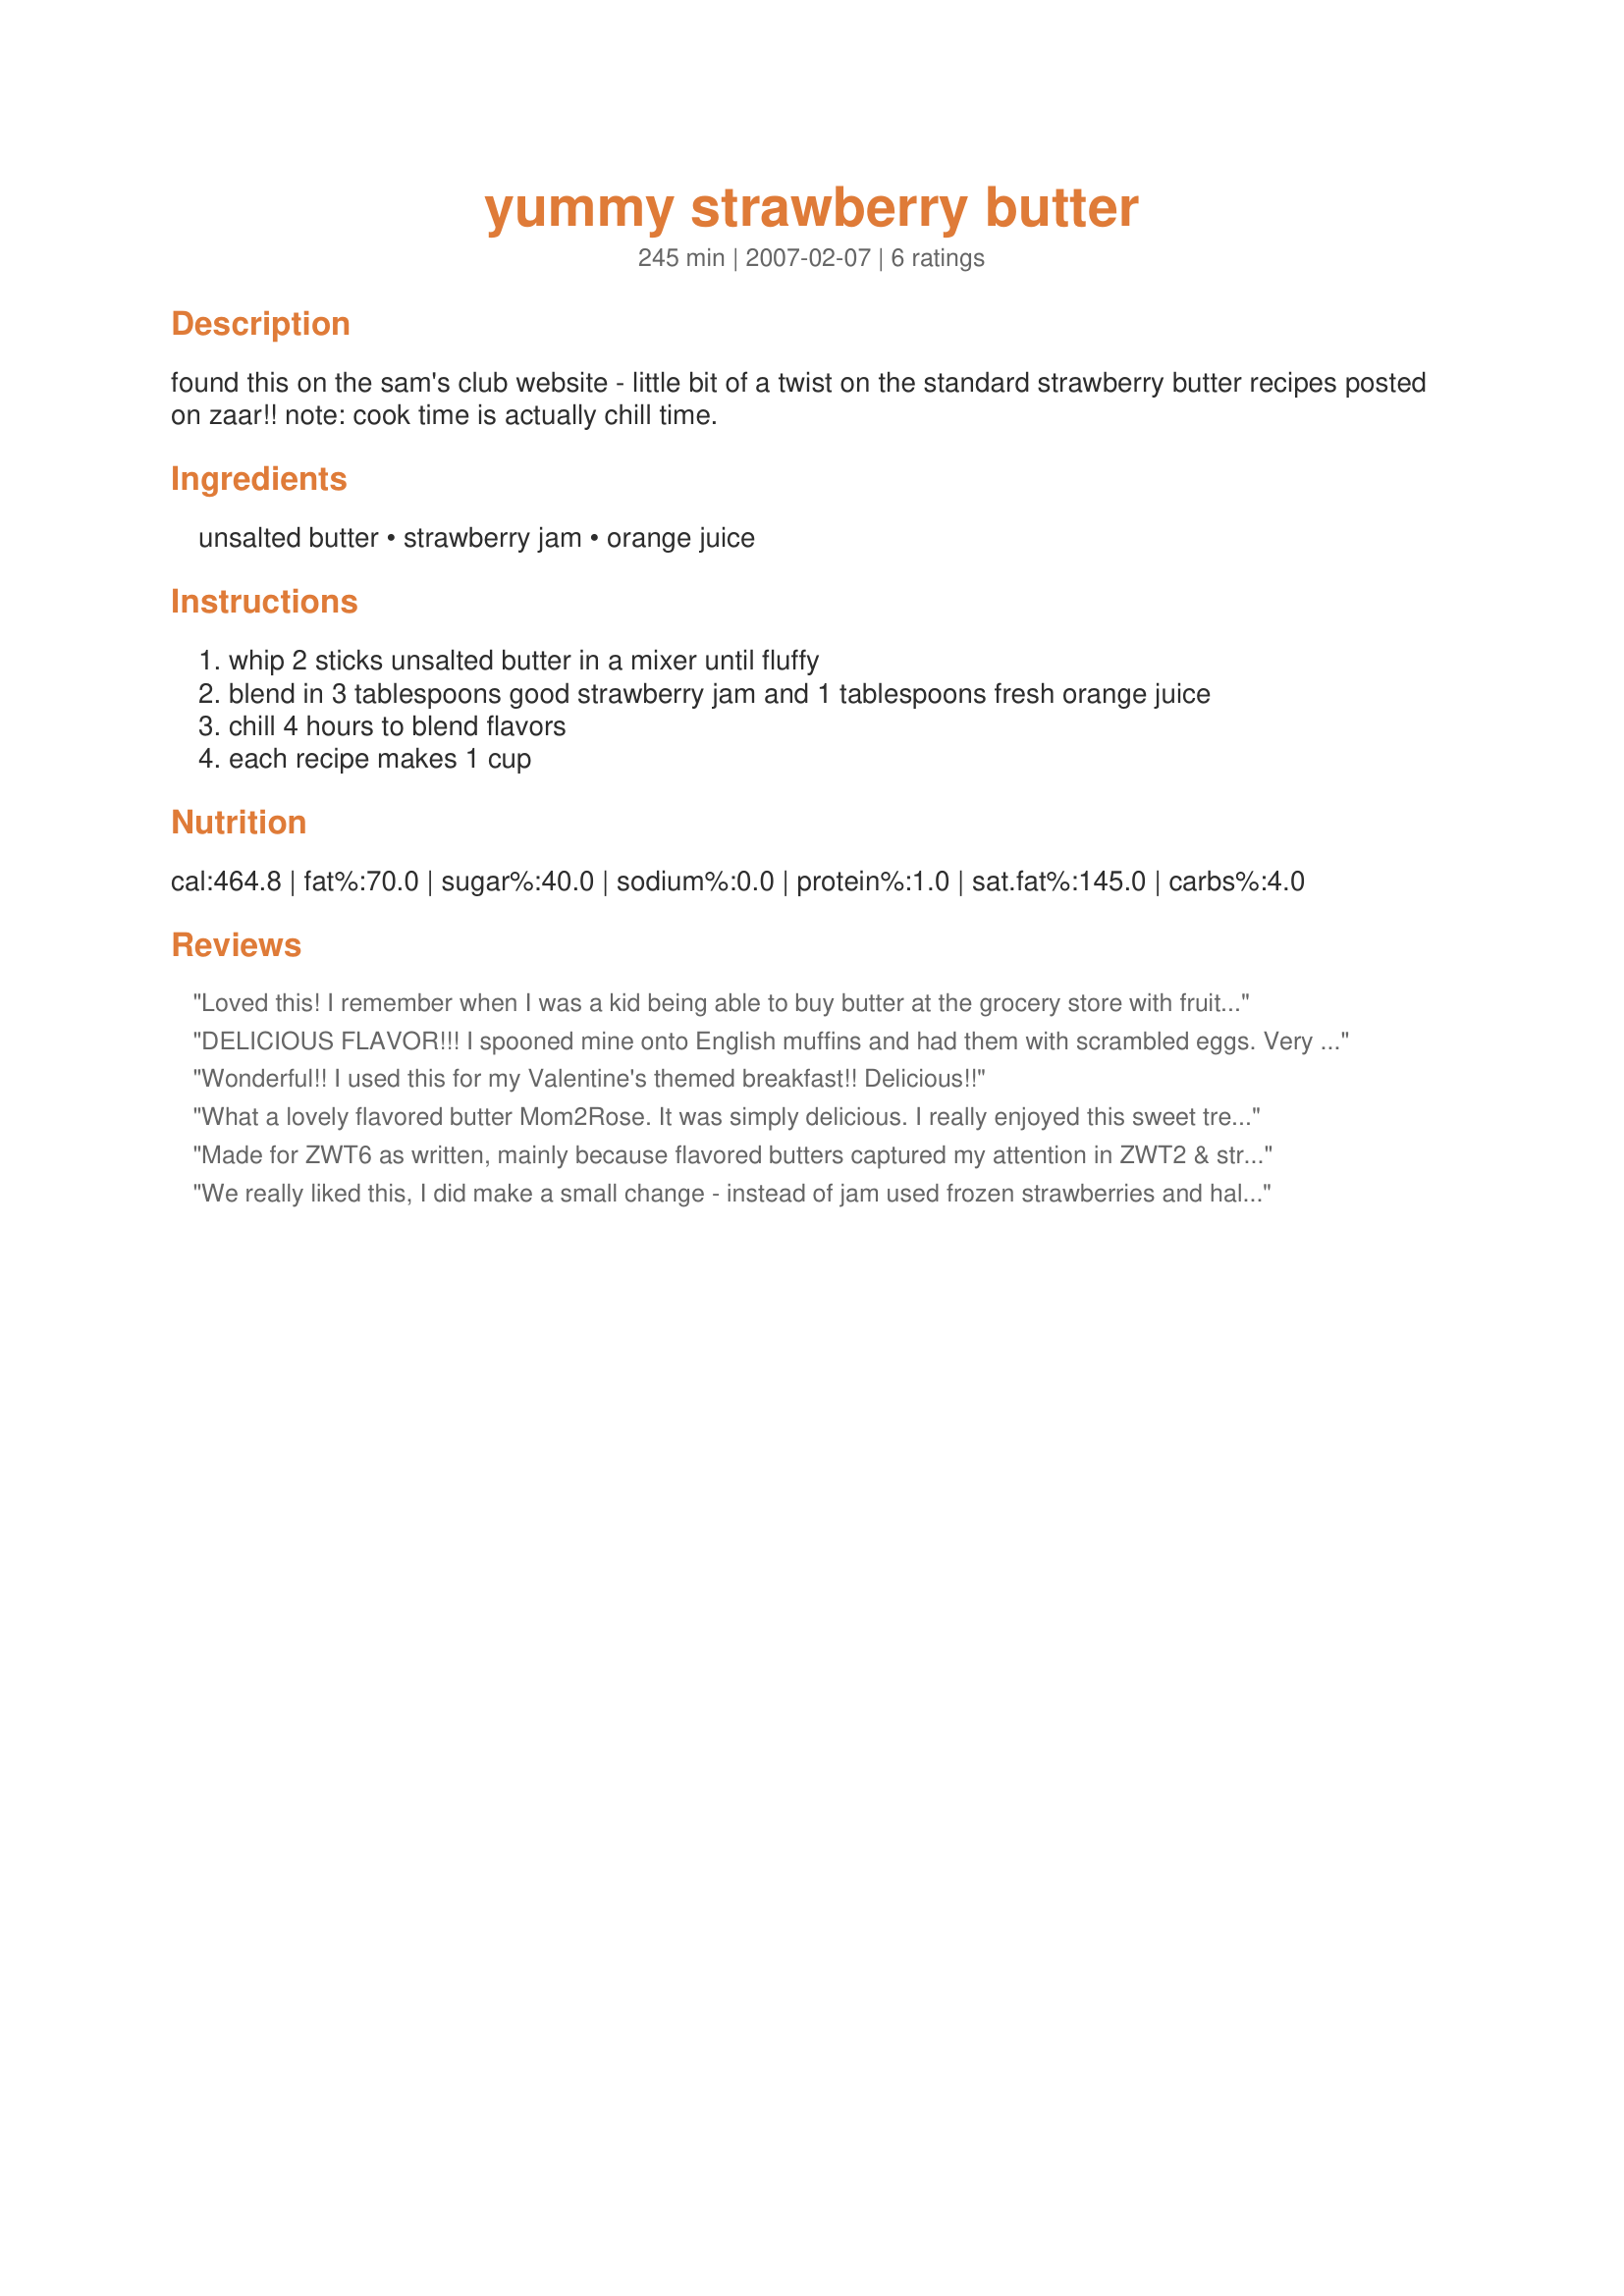
yummy strawberry butter
Preparation time: 245 minutes

found this on the sam's club website - little bit of a twist on the standard strawberry butter recipes posted on zaar!! note: cook time is actually chill time.

Ingredients:
unsalted butter, strawberry jam, orange juice

Steps:
whip 2 sticks unsalted butter in a mixer until fluffy, blend in 3 tablespoons good strawberry jam and 1 tablespoons fresh orange juice, chill 4 hours to blend flavors, each recipe makes 1 cup

Reviews:
Loved this! I remember when I was a kid being able to buy butter at the grocery store with fruit mixed in, this totally reminded me of that. Definately better the next day after the flavors have melded together. Just had a little on a toasted bagel . . . yum! Will try some more when I am done with this batch but with other jellies and juice.
DELICIOUS FLAVOR!!! I spooned mine onto English muffins and had them with scrambled eggs. Very tasty and easy to prepare. Prepared as a participant in the Aus/NZ Swap #33 Event october 2009.
Wonderful!! I used this for my Valentine's themed breakfast!! Delicious!!
What a lovely flavored butter Mom2Rose. It was simply delicious. I really enjoyed this sweet treat. I made my favorite Irish Scones to enjoy the butter with. So glad that I did, yum, I&#039;m still in the flavor zone. It always amazes me, when three little ingredients can produce such big, bold flavor. Thank you for sharing this winner. Made for Feb/14 Aussie swap
Made for ZWT6 as written, mainly because flavored butters captured my attention in ZWT2 & strawberry is a fave among them. I made a half recipe & like that this recipe uses strawberry jam vs fresh or frozen strawberries. I used my magic bullet to whiz the mixture, chilled it overnite & then slathered it on a bagel this morning for breakfast w/another ZWT6 recipe ~ 2 real breakfast treats started the British part of the Tour together. Thx for sharing your recipe w/us.
We really liked this, I did make a small change - instead of jam used frozen strawberries and half a recipe. Wish I'd thought of using the magic bullet but as it was used my immersion blender and worked fine. Also chilled overnight and served on recipe#423148 one day and toasted bagels the next. YUM!! Made for ZWT6
